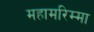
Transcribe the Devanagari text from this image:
महामरिम्मा